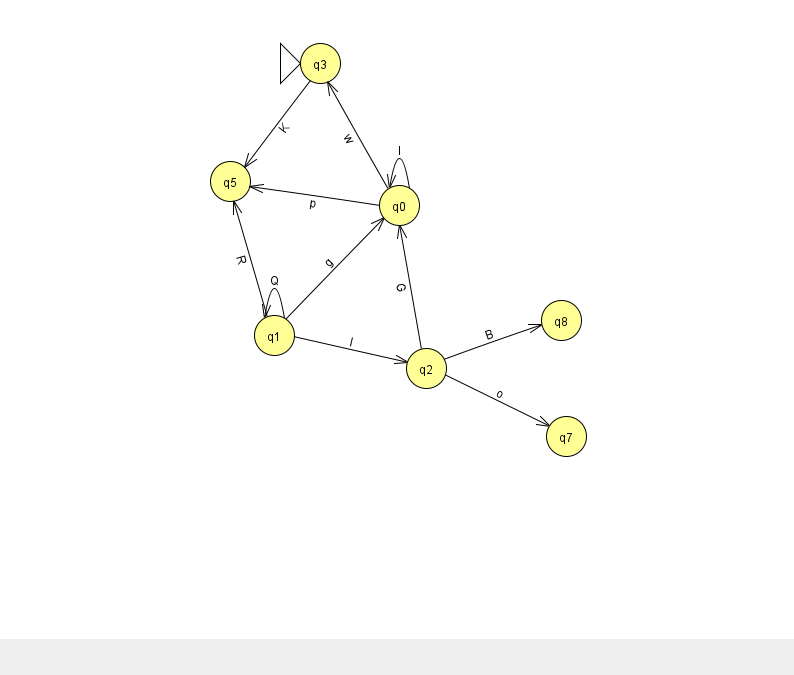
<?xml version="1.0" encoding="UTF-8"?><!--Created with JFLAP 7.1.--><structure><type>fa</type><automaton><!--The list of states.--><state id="0" name="q0"><x>399.0</x><y>192.0</y></state><state id="1" name="q1"><x>274.0</x><y>322.0</y></state><state id="2" name="q2"><x>426.0</x><y>355.0</y></state><state id="3" name="q3"><x>320.0</x><y>50.0</y><initial/></state><state id="5" name="q5"><x>230.0</x><y>168.0</y></state><state id="7" name="q7"><x>566.0</x><y>423.0</y></state><state id="8" name="q8"><x>561.0</x><y>307.0</y></state><!--The list of transitions.--><transition><from>2</from><to>0</to><read>G</read></transition><transition><from>1</from><to>1</to><read>Q</read></transition><transition><from>2</from><to>7</to><read>o</read></transition><transition><from>0</from><to>3</to><read>w</read></transition><transition><from>2</from><to>8</to><read>B</read></transition><transition><from>1</from><to>0</to><read>g</read></transition><transition><from>0</from><to>5</to><read>p</read></transition><transition><from>1</from><to>5</to><read>R</read></transition><transition><from>0</from><to>0</to><read>I</read></transition><transition><from>1</from><to>2</to><read>l</read></transition><transition><from>3</from><to>5</to><read>K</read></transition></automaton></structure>